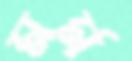
মর্ম